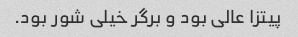
پیتزا عالی بود و برگر خیلی شور بود.